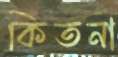
কিতনা